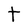
Character: t